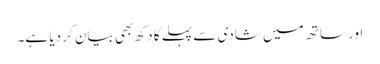
اور ساتھ میں‌ شادی سے پہلے کا دکھ بھی بیان کر دیا ہے۔